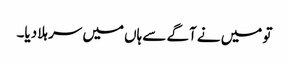
تو میں نے آگے سے ہاں میں سر ہلا دیا۔